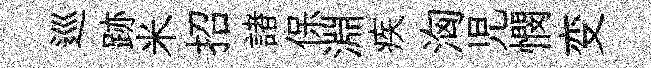
巡跡米招諸保淵疾洶児憫变